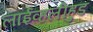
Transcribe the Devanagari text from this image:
लाईव्हलीहुड